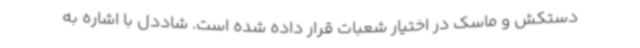
دستکش و ماسک در اختیار شعبات قرار داده شده است. شاددل با اشاره به